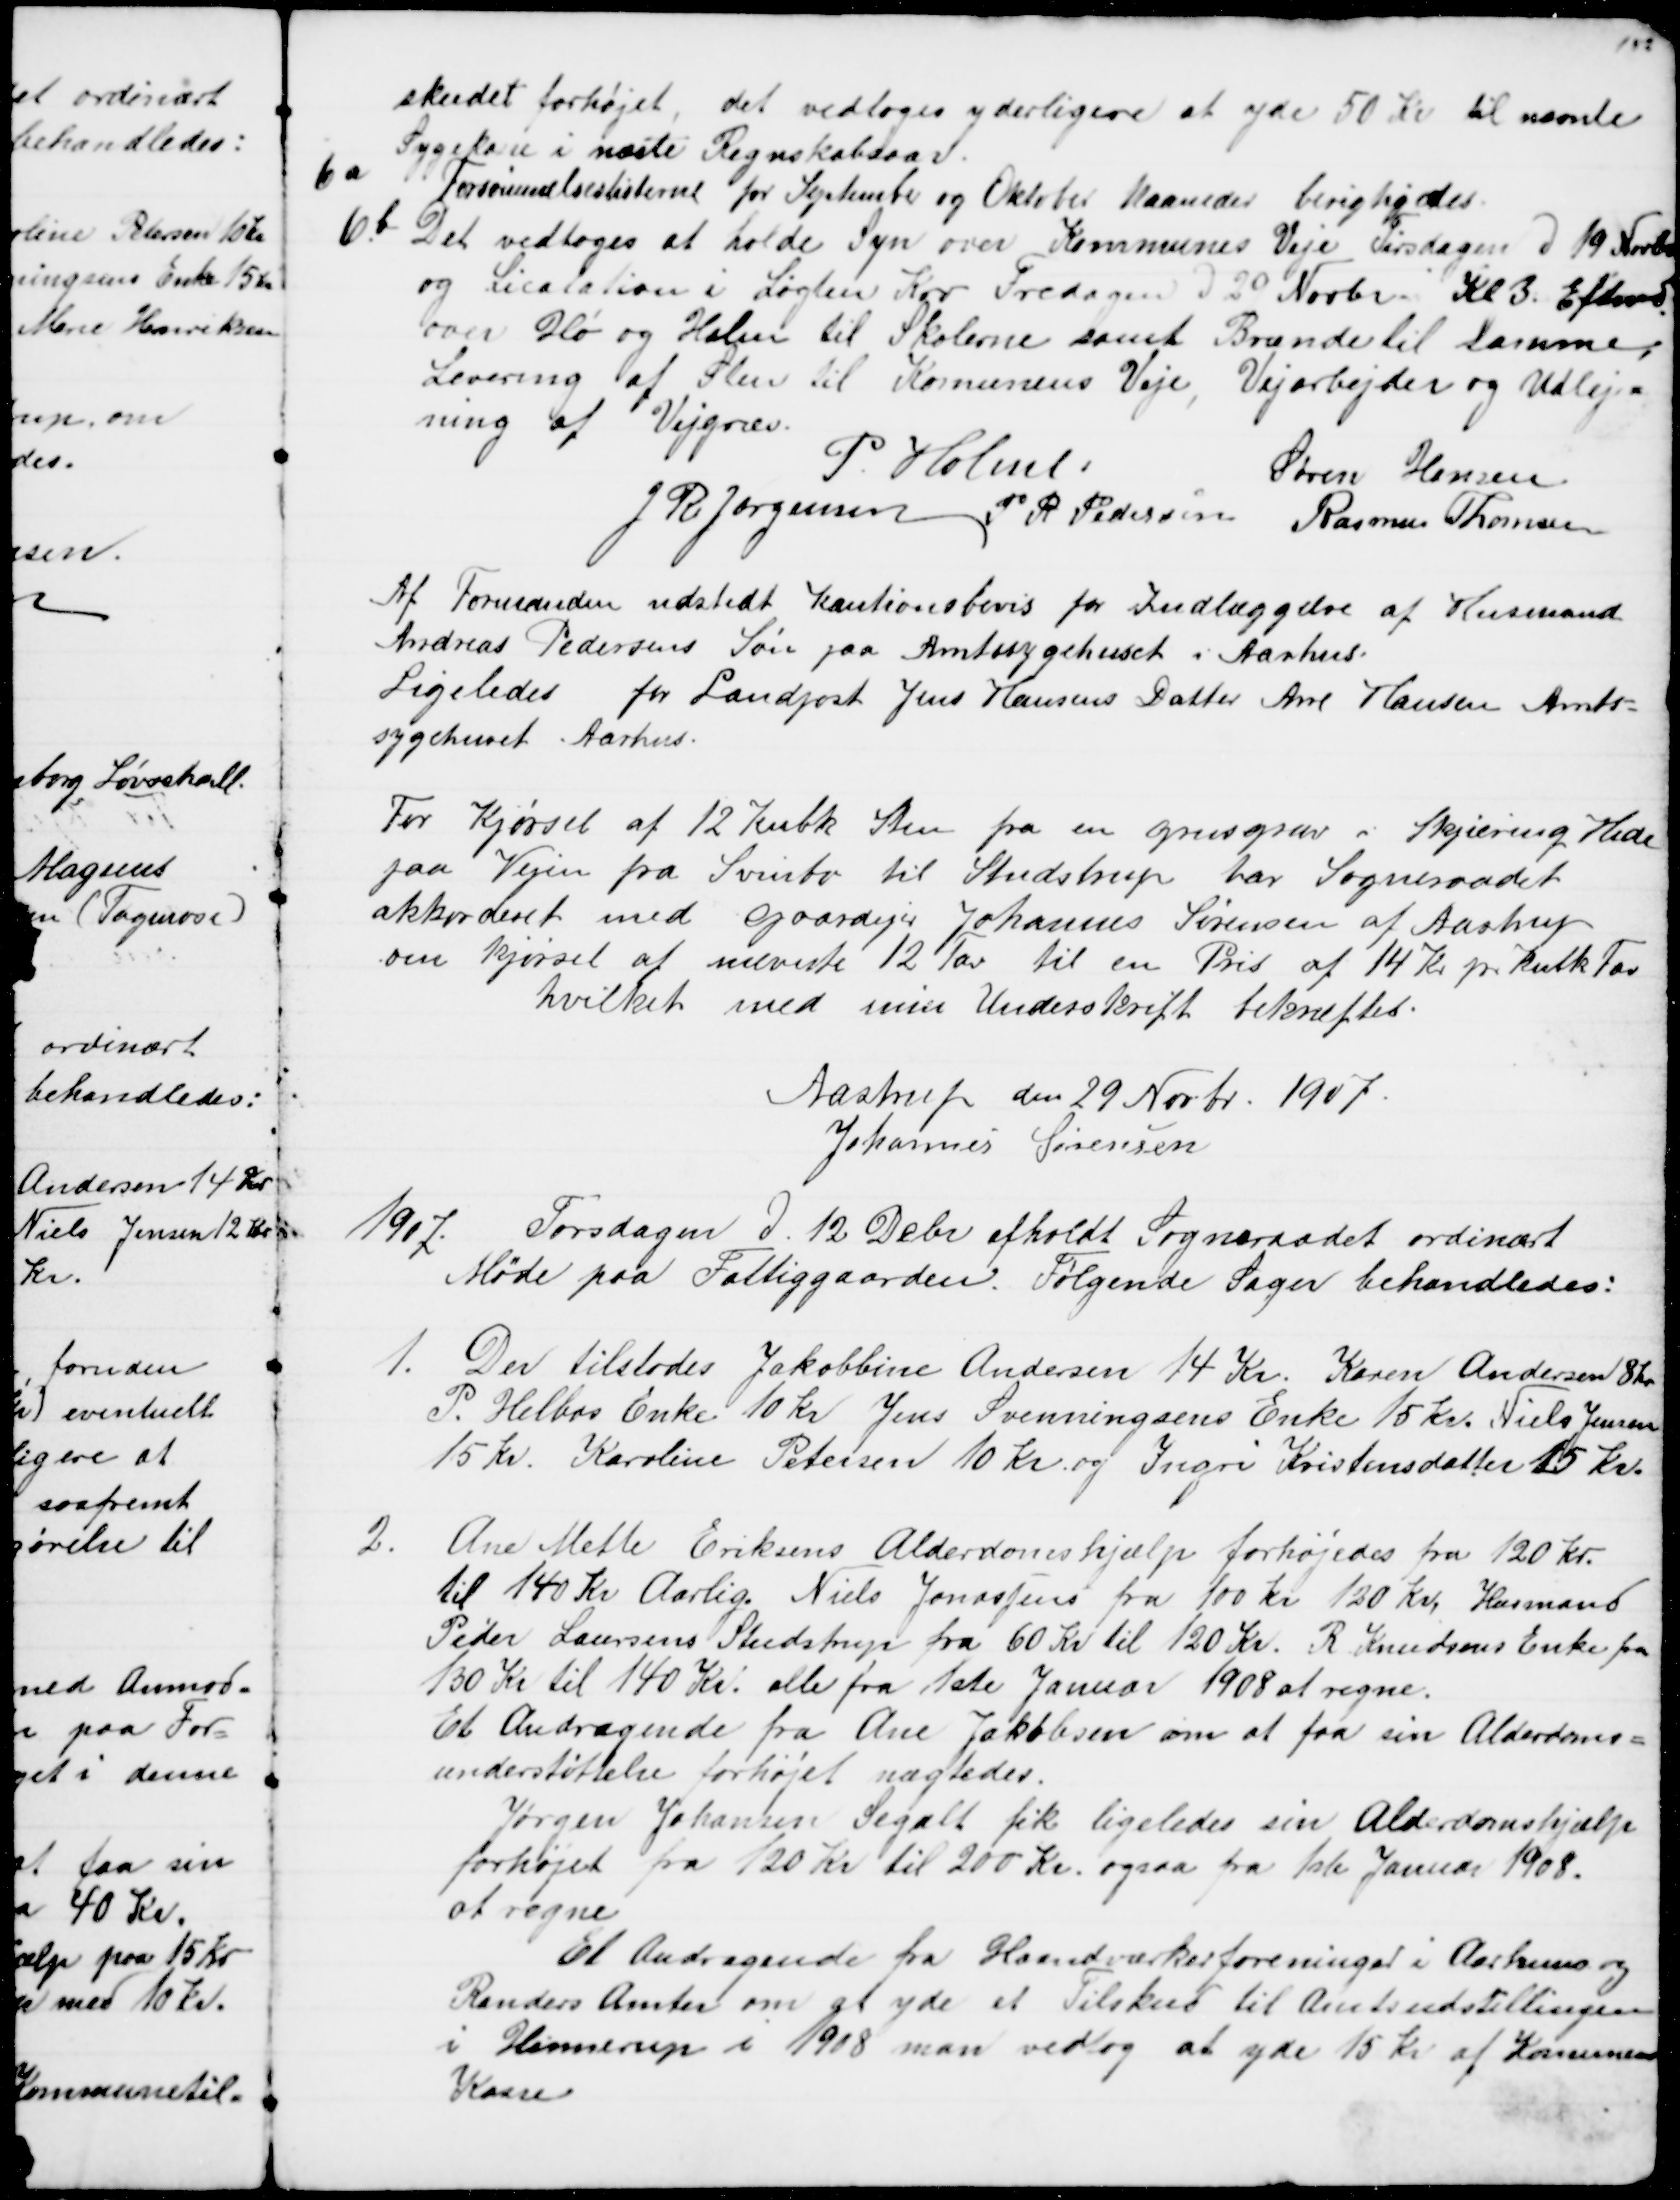
Transskription:
skudet forhøjet, det vedtoges yderligere at yde 50 Kr til nævnte
Sygekasse i næste Regnskabsaar.
6a
Forsømmelseslisterne for September og Oktober Maaneder berigtigedes.
6b
Det vedtoges at holde Syn over Kommunes Veje Tirsdagen d 19 Novbr
og Licitation i Løgten Kro Fredagen d. 29 Novbr. Kl. 3. Eftermd
over Hø og Halm til Skolerne samt Brænde til samme,
Levering af Sten til Komunens Veje, Vejarbejder og Udlej=
ning af Vejgræs.
P. Holme.
Søren Hansen
J R Jørgensen P. R. Pedersen Rasmus Thomsen
Af Formanden udstedt Kautionsbevis for Indlæggelse af Husmand
Andreas Pedersens Søn paa Amtssygehuset i Aarhus.
Ligeledes for Landpost Jens Hansens Datter Ane Hansen Amts=
sygehuset Aarhus.
For Kjørsel af 12 Kubk Sten fra en grusgrav i Skjæring Hede
paa Vejen fra Svinbo til Studstrup har Sogneraadet
akkorderet med Gaardejer Johannes Sørensen af Aastrup
om kjørsel af nævnte 12 Tov til en Pris af 14 Kr pr Kubk Tov
hvilket med sin Underskrift bekræftes.
Aastrup den 29 Novbr. 1907.
Johannes Sørensen
1907.
Torsdagen d. 12 Debr afholdt Sogneraadet ordinært 
Møde paa Fattiggaarden. Følgende Sager behandledes:
1. Der tilstodes Jakobbine Andersen 14 Kr. Karen Andersen 8 Kr
P. Helbos Enke 10 Kr Jens Svenningsens Enke 15 Kr. Niels Jensen
15 Kr. Karoline Petersen 10 Kr. og Ingri Kristensdatter 15 Kr.
2.
Ane Mette Eriksens Alderdomshjælp forhøjedes fra 120 kr.
til 140 Kr Aarlig. Niels Jonassens fra 100 Kr 120 Kr. Husmand
Peder Laursens Studstrup fra 60 Kr til 120 Kr. R. Knudsens Enke fra
130 Kr til 140 Kr. alle fra 1ste Januar 1908 at regne.
Et Andragende fra Ane Jakobsen om at faa sin Alderdoms=
understøttelse forhøjet nægtedes.
Jørgen Johansen Segalt fik ligeledes sin Alderdomshjælp
forhøjet fra 120 Kr til 200 Kr. ogsaa fra 1ste Januar 1908.
at regne
Et Andragende fra Haandværkerforeninger i Aarhus og 
Randers Amter om at yde et Tilskud til Amtsudstillingen
i Hinnerup i 1908 man vedtog at yde 15 kr af Komunens
Kasse